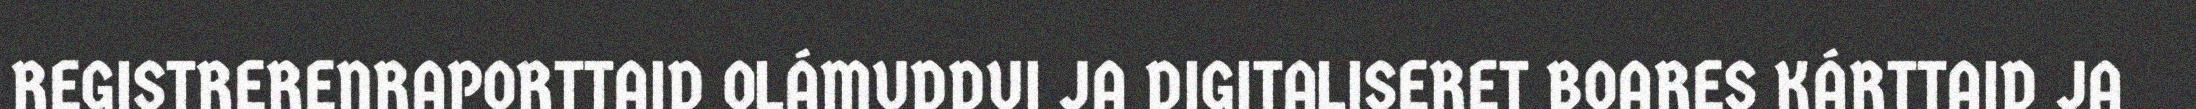
REGISTRERENRAPORTTAID OLÁMUDDUI JA DIGITALISERET BOARES KÁRTTAID JA